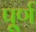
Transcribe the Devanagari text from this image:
पू्र्ण